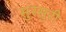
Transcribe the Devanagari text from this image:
सुरसुरी